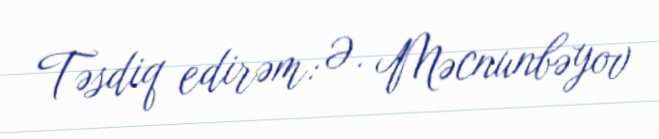
Təsdiq edirəm: Ə. Məcnunbəyov